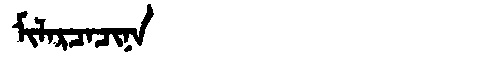
Manchu: ᠮᡳᠯᠠᡵᠴᠠᠴᡳᠨᠠ
Romanization: MILARCACINA